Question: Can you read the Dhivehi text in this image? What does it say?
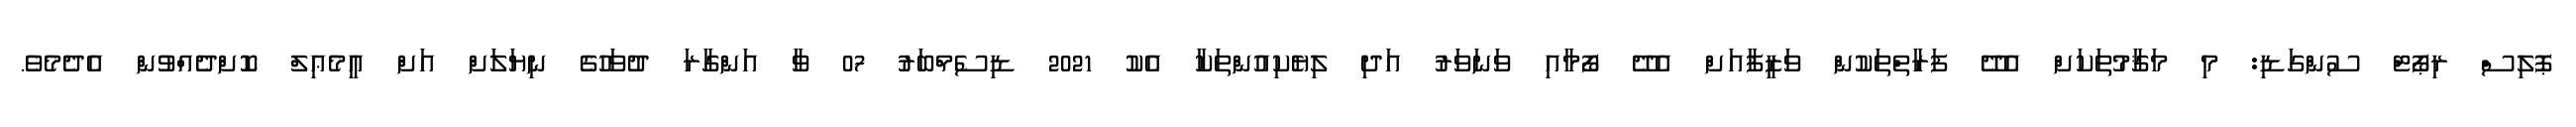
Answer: ޕޮލިސް ރިޕޯޓް ސުންގަޑި: މި މަޤާމުތަކަށް އެދޭ ފަރާތްތަކުން ވަޒީފާއަށް އެދޭ ފޯމާއި ވަނަވަރު އަދި ލިޔެކިއުންތަކާ އެކު 2021 ޑިސެމްބަރު 07 ވާ އަންގާރަ ދުވަހުގެ ނިޔަލަށް އަށް އީމެޢިލް ކޮށްދެއްވުން އެދެމެވެ.